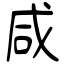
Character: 咸